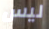
ليس